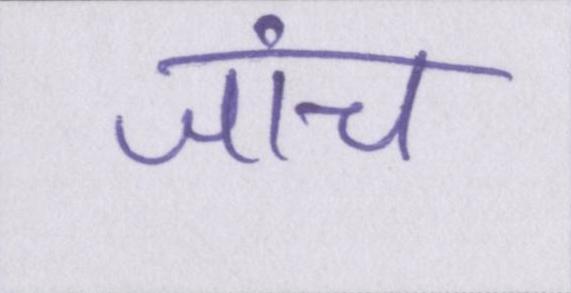
जांच